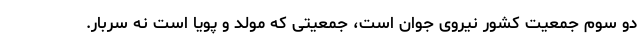
دو سوم جمعیت کشور نیروی جوان است، جمعیتی که مولد و پویا است نه سربار.